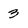
Character: 3